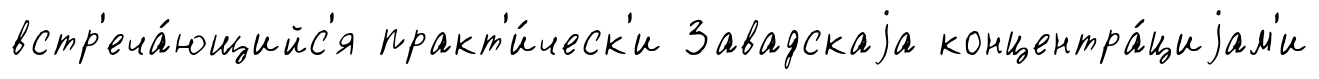
встр'еча́ющийс'я практ'и́ческ'и Завадскаjа концентра́циjам'и